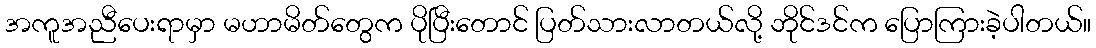
အကူအညီပေးရာမှာ မဟာမိတ်တွေက ပိုပြီးတောင် ပြတ်သားလာတယ်လို့ ဘိုင်ဒင်က ပြောကြားခဲ့ပါတယ်။